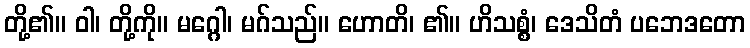
တို့၏။ ဝါ၊ တို့ကို။ မဂ္ဂေါ၊ မဂ်သည်။ ဟောတိ၊ ၏။ ဟိသစ္စံ၊ ဒေသိတံ ပဘေဒတော